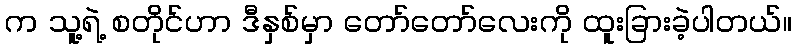
က သူ့ရဲ့ စတိုင်ဟာ ဒီနှစ်မှာ တော်တော်လေးကို ထူးခြားခဲ့ပါတယ်။